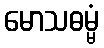
မောသဓမ္မံ